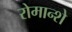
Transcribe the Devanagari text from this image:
रोमान्शे